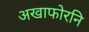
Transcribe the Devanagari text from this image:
अखाफोरनि